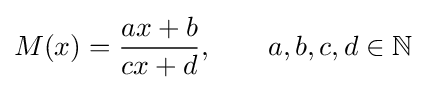
M(x)={\frac {ax+b}{cx+d}},\qquad a,b,c,d\in \mathbb {N}